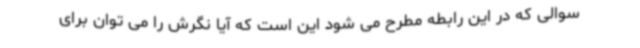
سوالی که در این رابطه مطرح می شود این است که آیا نگرش را می توان برای